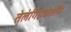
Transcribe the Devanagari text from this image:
तेलंगिएकतसिा